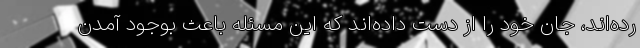
رده‌اند، جان خود را از دست داده‌اند که این مسئله باعث بوجود آمدن